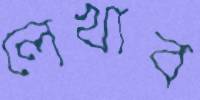
লেখাব